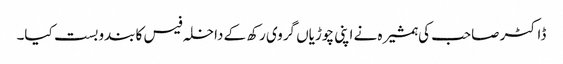
ڈاکٹر صاحب کی ہمشیرہ نے اپنی چوڑیاں گروی رکھ کے داخلہ فیس کا بندوبست کیا۔